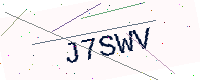
Text: J7SWV